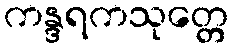
ကန္ဒရကသုတ္တေ